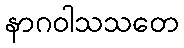
နာဂဝါသသတေ